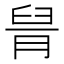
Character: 𦥩